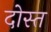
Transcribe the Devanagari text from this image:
दोस्त